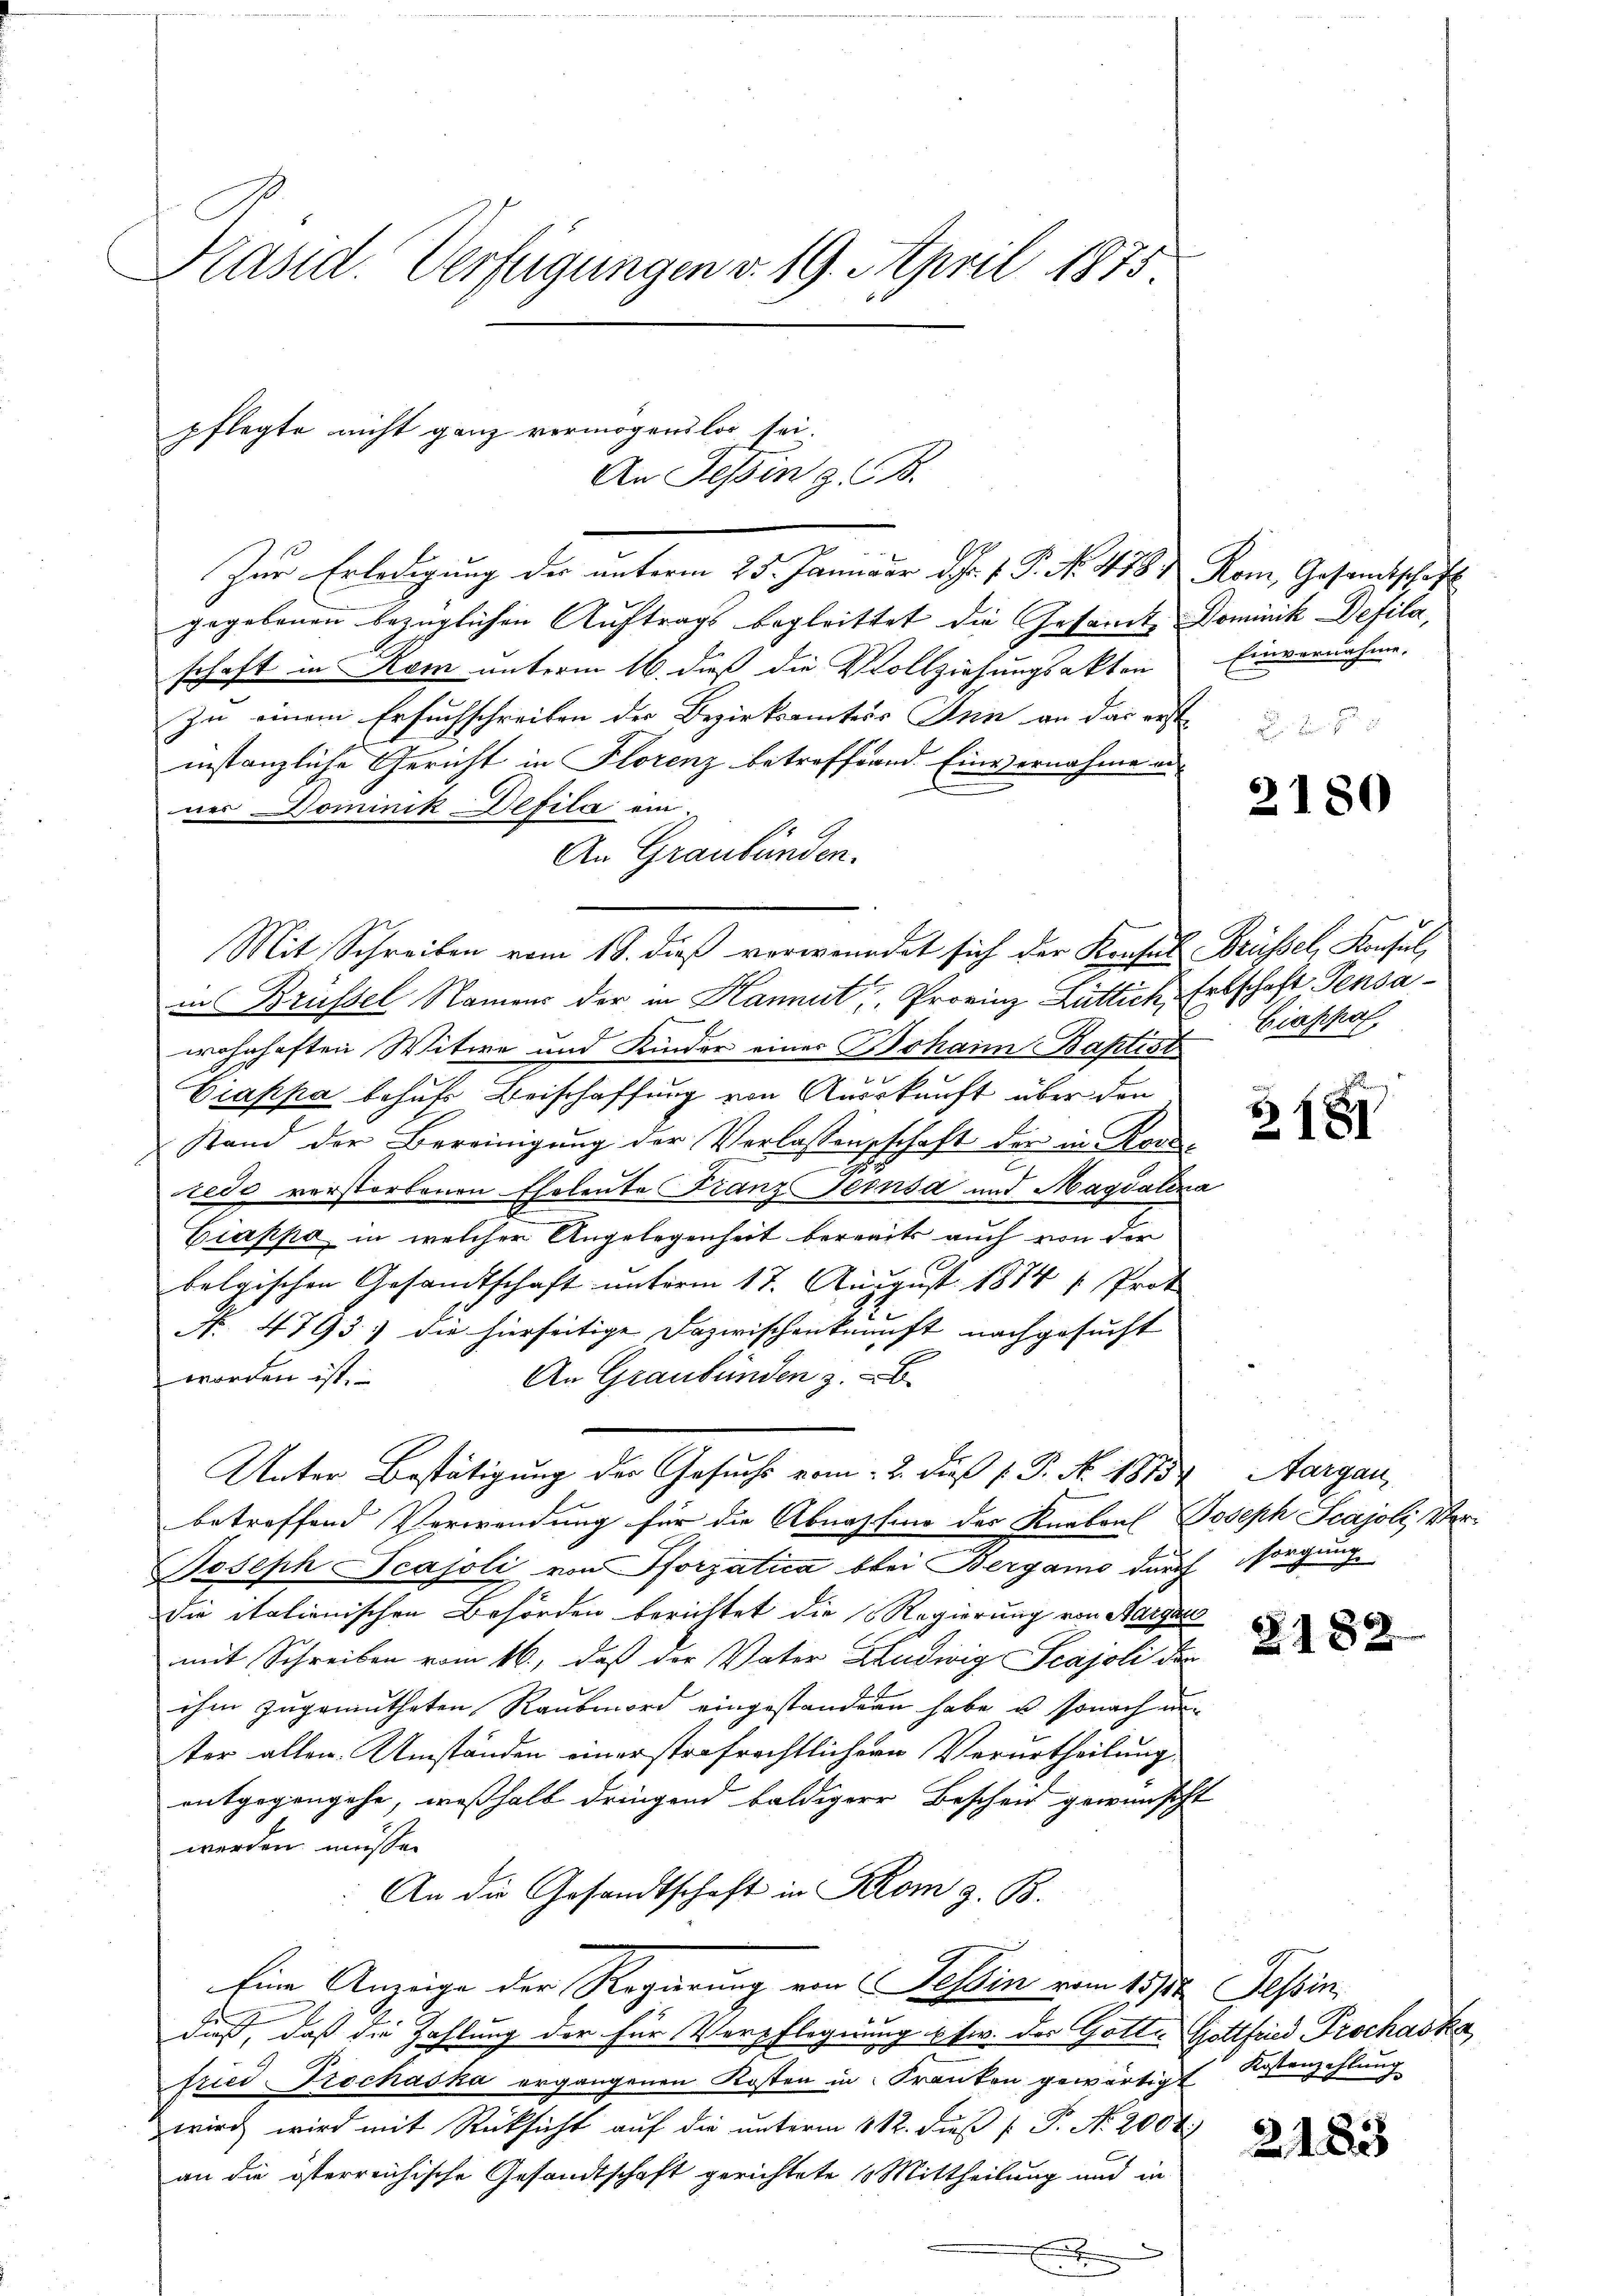
Präsid. Verfügungen v. 19. April 1875

pflegte nicht ganz vermögenslos sei.

Zur Erledigung der unterm 25. Januar d. J. J. P. No. 478. Rom, Gesandtschaft
gegebenen bezüglichen Auftrags begleittet die Gesamte Dominik Defila,
schaft in Rom unterm 16. dieß die Vollziehungsakten Einvernahme.
zu einem Ersuchschreiben der Bezirksamtes Inn an das erste
instanzliche Gericht in Florenz betreffend Einvernahme annes Dominik Defilce ein
An Graubünden.
Mit Schreiben vom 18. dieß verwendet sich der Konsul Brüssel, Konsul,
in Brüssel Namens der in Hannit. Provinz Luttich, Erbschaft Sensawohnhaften Witwe und Kinder einer Johann Baptist
Giappa behufs Beischaffung von Auskunft über den
Stand der Bereinigung der Verlassenschaft der in Konredo verstorbenen Eheleute Franz Jecnsd und Magdalena
Ciappa, in welcher Angelegenheit bereits auch von der
belgischen Gesandtschaft unterm 17. August 1874 " Prot
. 4793 die hierseitige Dazwischenkunft nachgesucht
An Graubünden z. B.
worden ist.
Unter Bestätigung der Gesuchs vom 2. Fuß [ P. No. 1875, Aargau
betroffend Verwendung für die Abnahme der Knaben Joseph Scajoli, Ver¬
Joseph Scajoli von Pforzatica bei Bergamo durch sorgung
die italienischen Behörden berichtet die Regierung von Aargare
mit Schreiben vom 16., daß der Vater Ludwig Scajoli der
ihm zugemutheten Raubmord eingestandern habe u. sonach ein
ter allen Umständen einerstrafrechtlichern Verurtheilung
entgegengehe, weßhalb dringend baldiger Beschen gewünscht
werden müsse.
An die Gesandtschaft in Strom z. B.
Eine Anzeige der Regierung von Tessin vom 15ten Tessin
t
2
daß, daß die Zahlung der für Verpflegnung u. zw. der Gotte Gottfried Prochaska
fried-Trochaska ergangenen Kosten in Franken gewärtigt
wird wird mit Rücksicht auf die unterm 112. Fuß [ P. Nr. 2004.)
an die österreichische Gesandtschaft gerichtete 6 Mittheilung und in
E

An Tessin z. B.

2180

Ciappol

3181

§188

Kostenzahlung

2183